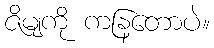
ဇိမျကို ကနြတောပဲ။